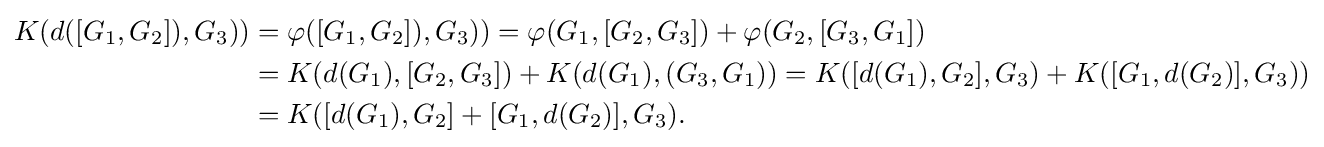
{\begin{aligned}K(d([G_{1},G_{2}]),G_{3}))&=\varphi ([G_{1},G_{2}]),G_{3}))=\varphi (G_{1},[G_{2},G_{3}])+\varphi (G_{2},[G_{3},G_{1}])\\&=K(d(G_{1}),[G_{2},G_{3}])+K(d(G_{1}),(G_{3},G_{1}))=K([d(G_{1}),G_{2}],G_{3})+K([G_{1},d(G_{2})],G_{3}))\\&=K([d(G_{1}),G_{2}]+[G_{1},d(G_{2})],G_{3}).\end{aligned}}